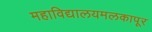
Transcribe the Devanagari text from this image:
महाविद्यालयमलकापूर